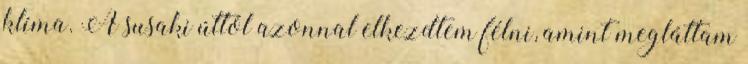
klíma. A susaki úttól azonnal elkezdtem félni, amint megláttam